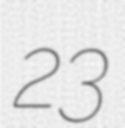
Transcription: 23